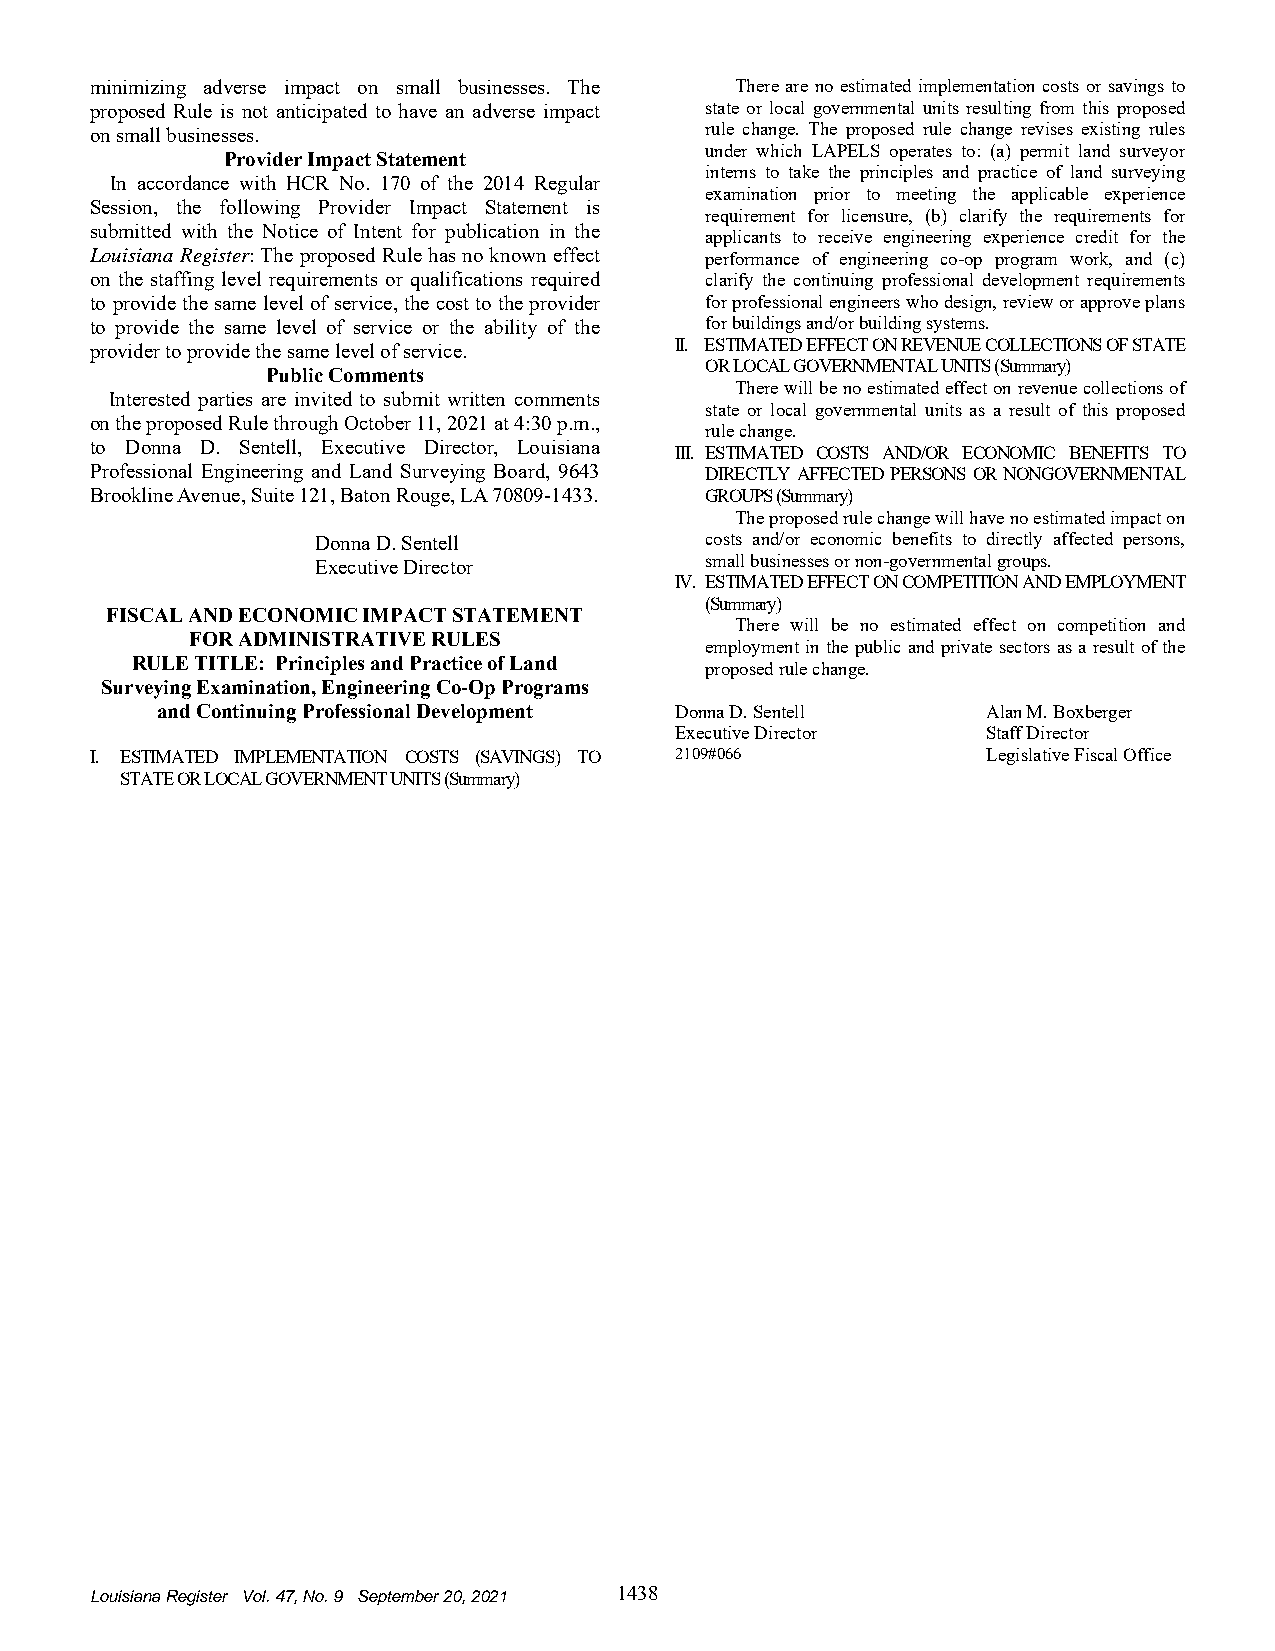
minimizing adverse impact on small businesses. The There are no estimated implementation costs or savings to
 proposed Rule is not anticipated to have an adverse impact state or local governmental units resulting from this proposed
 on small businesses.                     rule change. The proposed rule change revises existing rules
 under which LAPELS operates to: (a) permit land surveyor
 Provider Impact Statement
 interns to take the principles and practice of land surveying
 In accordance with HCR No. 170 of the 2014 Regular
 examination prior to meeting the applicable experience
 Session, the following Provider Impact Statement is
 requirement for licensure, (b) clarify the requirements for
 submitted with the Notice of Intent for publication in the
 applicants to receive engineering experience credit for the
 Louisiana Register: The proposed Rule has no known effect performance of engineering co-op program work, and (c)
 on the staffing level requirements or qualifications required clarify the continuing professional development requirements
 to provide the same level of service, the cost to the provider for professional engineers who design, review or approve plans
 to provide the same level of service or the ability of the for buildings and/or building systems.
 provider to provide the same level of service. II. ESTIMATED EFFECT ON REVENUE COLLECTIONS OF STATE
 OR LOCAL GOVERNMENTAL UNITS (Summary)
 Public Comments
 There will be no estimated effect on revenue collections of
 Interested parties are invited to submit written comments
 state or local governmental units as a result of this proposed
 on the proposed Rule through October 11, 2021 at 4:30 p.m.,
 rule change.
 to Donna D. Sentell, Executive Director, Louisiana
 III. ESTIMATED COSTS AND/OR ECONOMIC BENEFITS TO
 Professional Engineering and Land Surveying Board, 9643 DIRECTLY AFFECTED PERSONS OR NONGOVERNMENTAL
 Brookline Avenue, Suite 121, Baton Rouge, LA 70809-1433. GROUPS (Summary)
 The proposed rule change will have no estimated impact on
 Donna D. Sentell          costs and/or economic benefits to directly affected persons,
 Executive Director        small businesses or non-governmental groups.
 IV. ESTIMATED EFFECT ON COMPETITION AND EMPLOYMENT
 (Summary)
 FISCAL AND ECONOMIC IMPACT STATEMENT
 There will be no estimated effect on competition and
 FOR ADMINISTRATIVE RULES
 employment in the public and private sectors as a result of the
 RULE TITLE: Principles and Practice of Land
 proposed rule change.
 Surveying Examination, Engineering Co-Op Programs
 and Continuing Professional Development Donna D. Sentell Alan M. Boxberger
 Executive Director  Staff Director
 I. ESTIMATED IMPLEMENTATION COSTS (SAVINGS) TO 2109#066    Legislative Fiscal Office
 STATE OR LOCAL GOVERNMENT UNITS (Summary)
 Louisiana Register Vol. 47, No. 9 September 20, 2021 1438